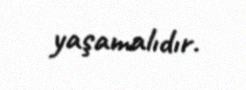
yaşamalıdır.